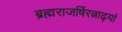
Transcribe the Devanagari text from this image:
ब्रह्मराजर्षिरत्नाढ्यां